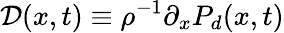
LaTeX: \mathcal{D}(x,t)\equiv\rho^{-1}\partial_{x}P_{d}(x,t)